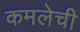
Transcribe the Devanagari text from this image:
कमलेची